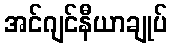
အင်ဂျင်နီယာချုပ်